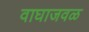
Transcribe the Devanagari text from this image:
वाघाजवळ